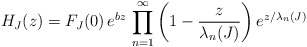
\begin{align*}H_{J}(z)=F_{J}(0)\, e^{bz}\,\prod_{n=1}^{\infty}\left(1-\frac{z}{\lambda_{n}(J)}\right)e^{z/\lambda_{n}(J)}\end{align*}